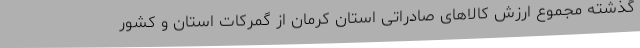
گذشته مجموع ارزش کالاهای صادراتی استان کرمان از گمرکات استان و کشور